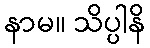
နာမ။ သိပ္ပါနိ